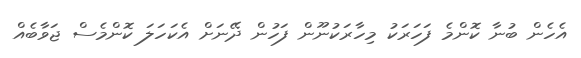
އެހެން ބުނާ ކޮންމެ ފަހަރަކު މިހާރަކުނޫން ފަހުން ދޭނަށް އެކަހަލަ ކޮންމެސް ޖަވާބެއް